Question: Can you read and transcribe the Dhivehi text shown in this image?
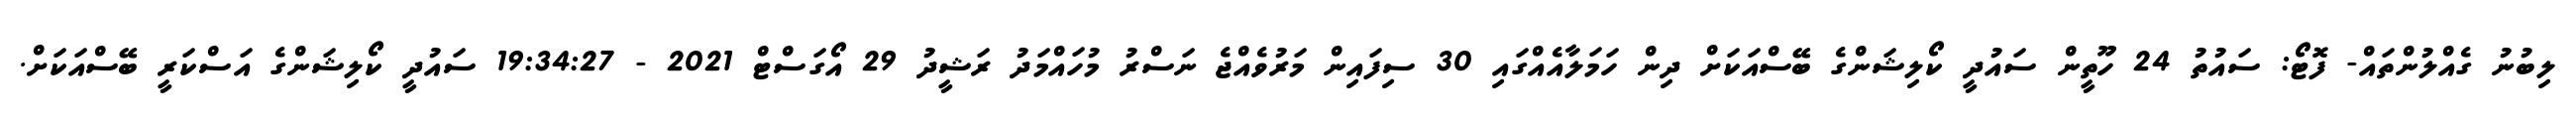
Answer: ލިބުނު ގެއްލުންތައް- ފޮޓޯ: ސައުތު 24 ހޫތީން ސައުދީ ކޯލިޝަންގެ ބޭސްއަކަށް ދިން ހަމަލާއެއްގައި 30 ސިފައިން މަރުވެއްޖެ ނަސްރު މުހައްމަދު ރަޝީދު 29 އޯގަސްޓް 2021 - 19:34:27 ސައުދީ ކޯލިޝަންގެ އަސްކަރީ ބޭސްއަކަށް.